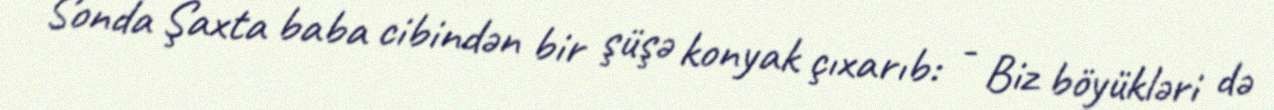
Sonda Şaxta baba cibindən bir şüşə konyak çıxarıb: - Biz böyükləri də